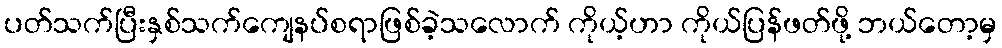
ပတ်သက်ပြီးနှစ်သက်ကျေနပ်စရာဖြစ်ခဲ့သလောက် ကိုယ့်ဟာ ကိုယ်ပြန်ဖတ်ဖို့ ဘယ်တော့မှ